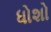
ધોશો